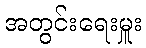
အတွင်းရေးမှူး